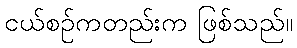
ငယ်စဉ်ကတည်းက ဖြစ်သည်။